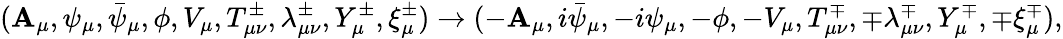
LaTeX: (\mathbf{A}_{\mu},\psi_{\mu},\bar{{\psi}}_{\mu},\phi,V_{\mu},T_{\mu\nu}^{\pm},\lambda_{\mu\nu}^{\pm},Y_{\mu}^{\pm},\xi_{\mu}^{\pm})\rightarrow(-\mathbf{A}_{\mu},i\bar{{\psi}}_{\mu},-i\psi_{\mu},-\phi,-V_{\mu},T_{\mu\nu}^{\mp},\mp\lambda_{\mu\nu}^{\mp},Y_{\mu}^{\mp},\mp\xi_{\mu}^{\mp}),